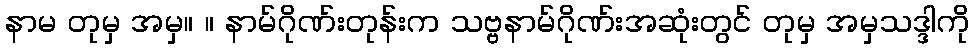
နာမ တုမှ အမှ။ ။ နာမ်ဂိုဏ်းတုန်းက သဗ္ဗနာမ်ဂိုဏ်းအဆုံးတွင် တုမှ အမှသဒ္ဒါကို